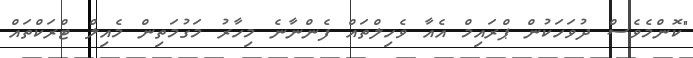
"ކޮންމެވެސް ދުވަހަކުން ޕްރައިމް އެއާ ވެހިލްތައް ފެންނާނެ މިހާރު މަގުމަތިން މެއިލް ޓްރަކްތައް